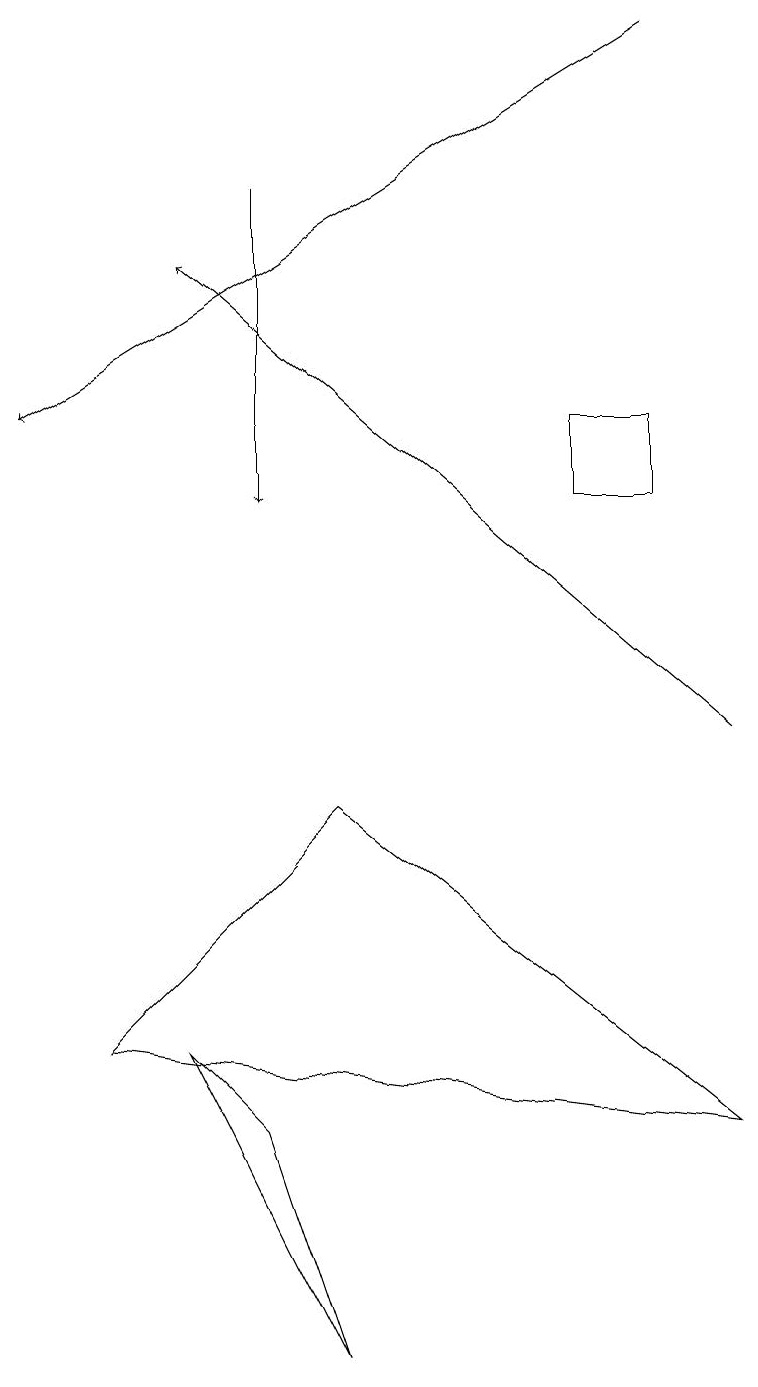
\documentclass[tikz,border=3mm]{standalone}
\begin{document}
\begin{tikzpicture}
\draw[->] (9,10) -- (2,16);
\draw (2,6) -- (3,5) -- (4,2) -- cycle;
\draw (4,9) -- (9,5) -- (1,6) -- cycle;
\draw[->] (3,17) -- (3,13);
\draw (7,14) rectangle (8,13);
\draw[->] (8,19) -- (0,14);
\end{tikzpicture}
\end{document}